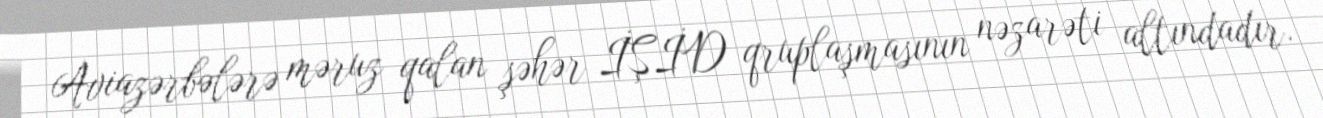
Aviazərbələrə məruz qalan şəhər İŞİD qruplaşmasının nəzarəti altındadır.